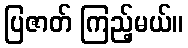
ပြဇာတ် ကြည့်မယ်။